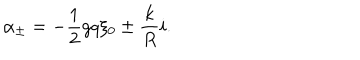
LaTeX: \alpha _ { \pm } = - { \frac { 1 } { 2 } } g q \xi _ { 0 } \pm { \frac { k } { R } } i .